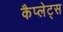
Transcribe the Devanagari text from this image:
कैप्लेट्स